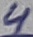
Text: 4